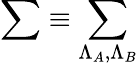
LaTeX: \sum\equiv\sum_{\Lambda_{A},\Lambda_{B}}